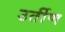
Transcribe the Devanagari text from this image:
उर्तीण